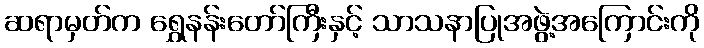
ဆရာမှတ်က ရွှေနန်းတော်ကြီးနှင့် သာသနာပြုအဖွဲ့အကြောင်းကို